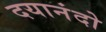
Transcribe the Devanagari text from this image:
दयानंदो